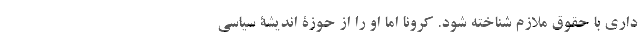
داری با حقوق ملازم شناخته شود. کرونا اما او را از حوزۀ اندیشۀ سیاسی